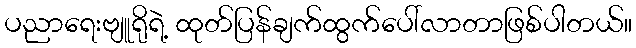
ပညာရေးဗျူရိုရဲ့ ထုတ်ပြန်ချက်ထွက်ပေါ်လာတာဖြစ်ပါတယ်။